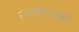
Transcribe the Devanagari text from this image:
नरसंहारकी